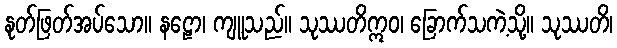
နုတ်ဖြတ်အပ်သော။ နဠော၊ ကျူသည်။ သုဿတိဣဝ၊ ခြောက်သကဲ့သို့။ သုဿတိ၊